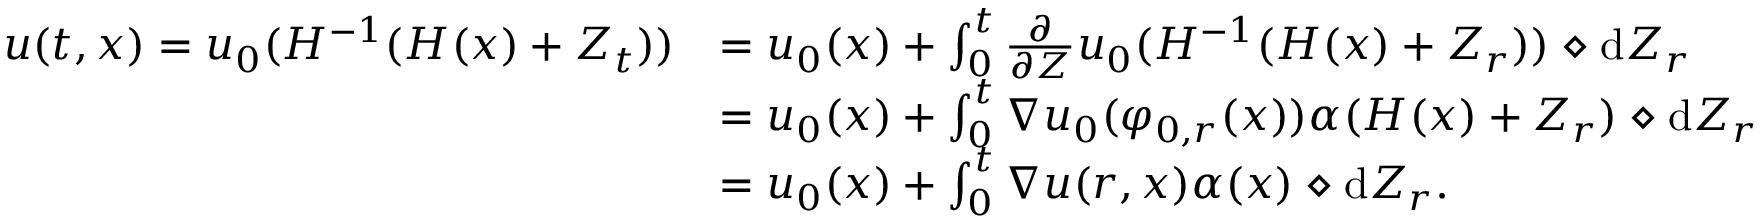
\begin{array} { r l } { u ( t , x ) = u _ { 0 } ( H ^ { - 1 } ( H ( x ) + Z _ { t } ) ) } & { = u _ { 0 } ( x ) + \int _ { 0 } ^ { t } \frac { \partial } { \partial Z } u _ { 0 } ( H ^ { - 1 } ( H ( x ) + Z _ { r } ) ) \diamond \mathrm { d } Z _ { r } } \\ & { = u _ { 0 } ( x ) + \int _ { 0 } ^ { t } \nabla u _ { 0 } ( \varphi _ { 0 , r } ( x ) ) \alpha ( H ( x ) + Z _ { r } ) \diamond \mathrm { d } Z _ { r } } \\ & { = u _ { 0 } ( x ) + \int _ { 0 } ^ { t } \nabla u ( r , x ) \alpha ( x ) \diamond \mathrm { d } Z _ { r } . } \end{array}